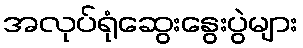
အလုပ်ရုံဆွေးနွေးပွဲများ